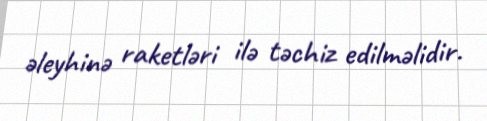
əleyhinə raketləri ilə təchiz edilməlidir.